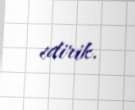
edirik.